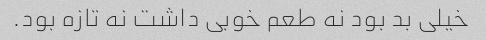
خیلی بد بود نه طعم خوبی داشت نه تازه بود.